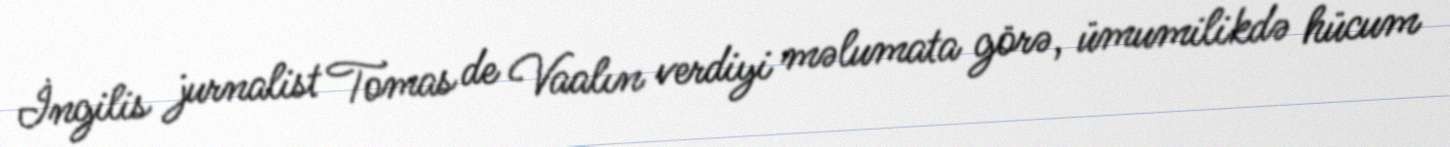
İngilis jurnalist Tomas de Vaalın verdiyi məlumata görə, ümumilikdə hücum